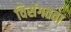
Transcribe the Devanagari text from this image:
विसंगतता